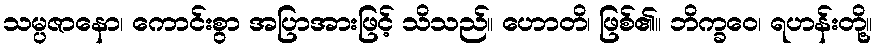
သမ္ပဇာနော၊ ကောင်းစွာ အပြာအားဖြင့် သိသည်။ ဟောတိ၊ ဖြစ်၏။ ဘိက္ခဝေ၊ ရဟန်းတို့။